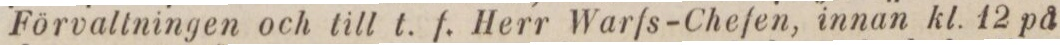
Förvaltningen och till t. f. Herr Warfs-Chefen, innan kl. 12 på